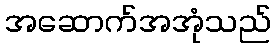
အဆောက်အအုံသည်